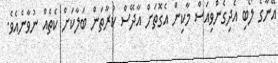
އޭނާގެ ލޯބި އެދިގެންވިއަސް މާކިން އެގޮތަށް އާދޭސް ކުރާތަން ބަލާކަށް ކެތެއް ނުވާނެއެވެ.